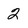
Character: 2